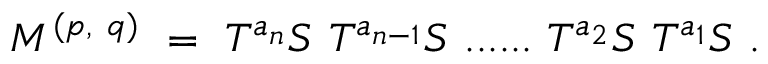
M ^ { ( p , ~ q ) } ~ = ~ T ^ { a _ { n } } S ~ T ^ { a _ { n - 1 } } S ~ . . . . . . ~ T ^ { a _ { 2 } } S ~ T ^ { a _ { 1 } } S ~ .